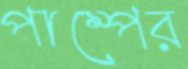
পাম্পের